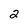
Character: 2